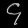
Digit: ၄